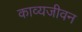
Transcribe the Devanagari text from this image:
काव्यजीवन